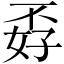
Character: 孬